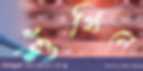
শুঁখিলে